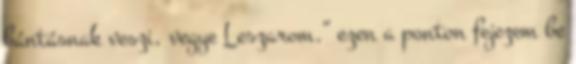
bántásnak veszi, vegye Leszarom.” ezen a ponton fejezem be